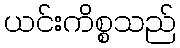
ယင်းကိစ္စသည်